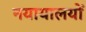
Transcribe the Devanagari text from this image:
नयायालयों